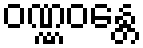
ဝဏ္ဏဝန္တေ